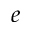
e